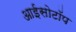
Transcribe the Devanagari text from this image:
आईसोटॉप